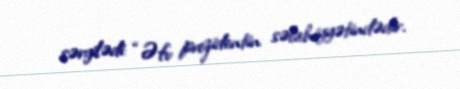
sərgilədi: “Əfv prezidentin səlahiyyətindədir.